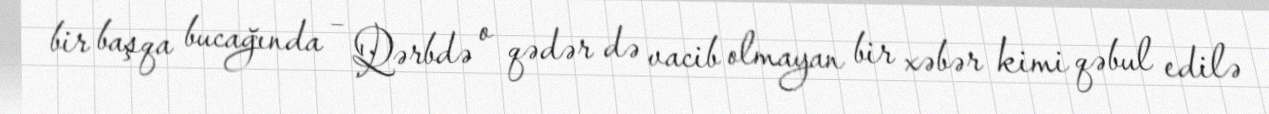
bir başqa bucağında – Qərbdə o qədər də vacib olmayan bir xəbər kimi qəbul edilə